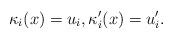
LaTeX: \begin{align*} \kappa_i(x) = u_i, \kappa_i'(x) = u_i'.\end{align*}